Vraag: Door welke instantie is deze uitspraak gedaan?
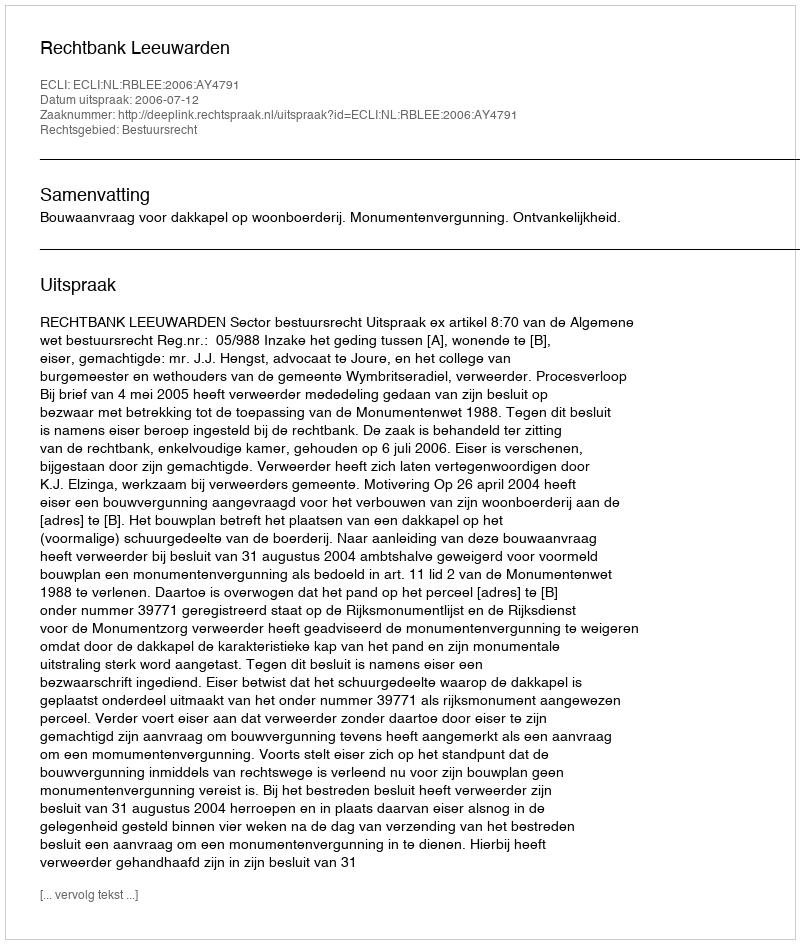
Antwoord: Rechtbank Leeuwarden